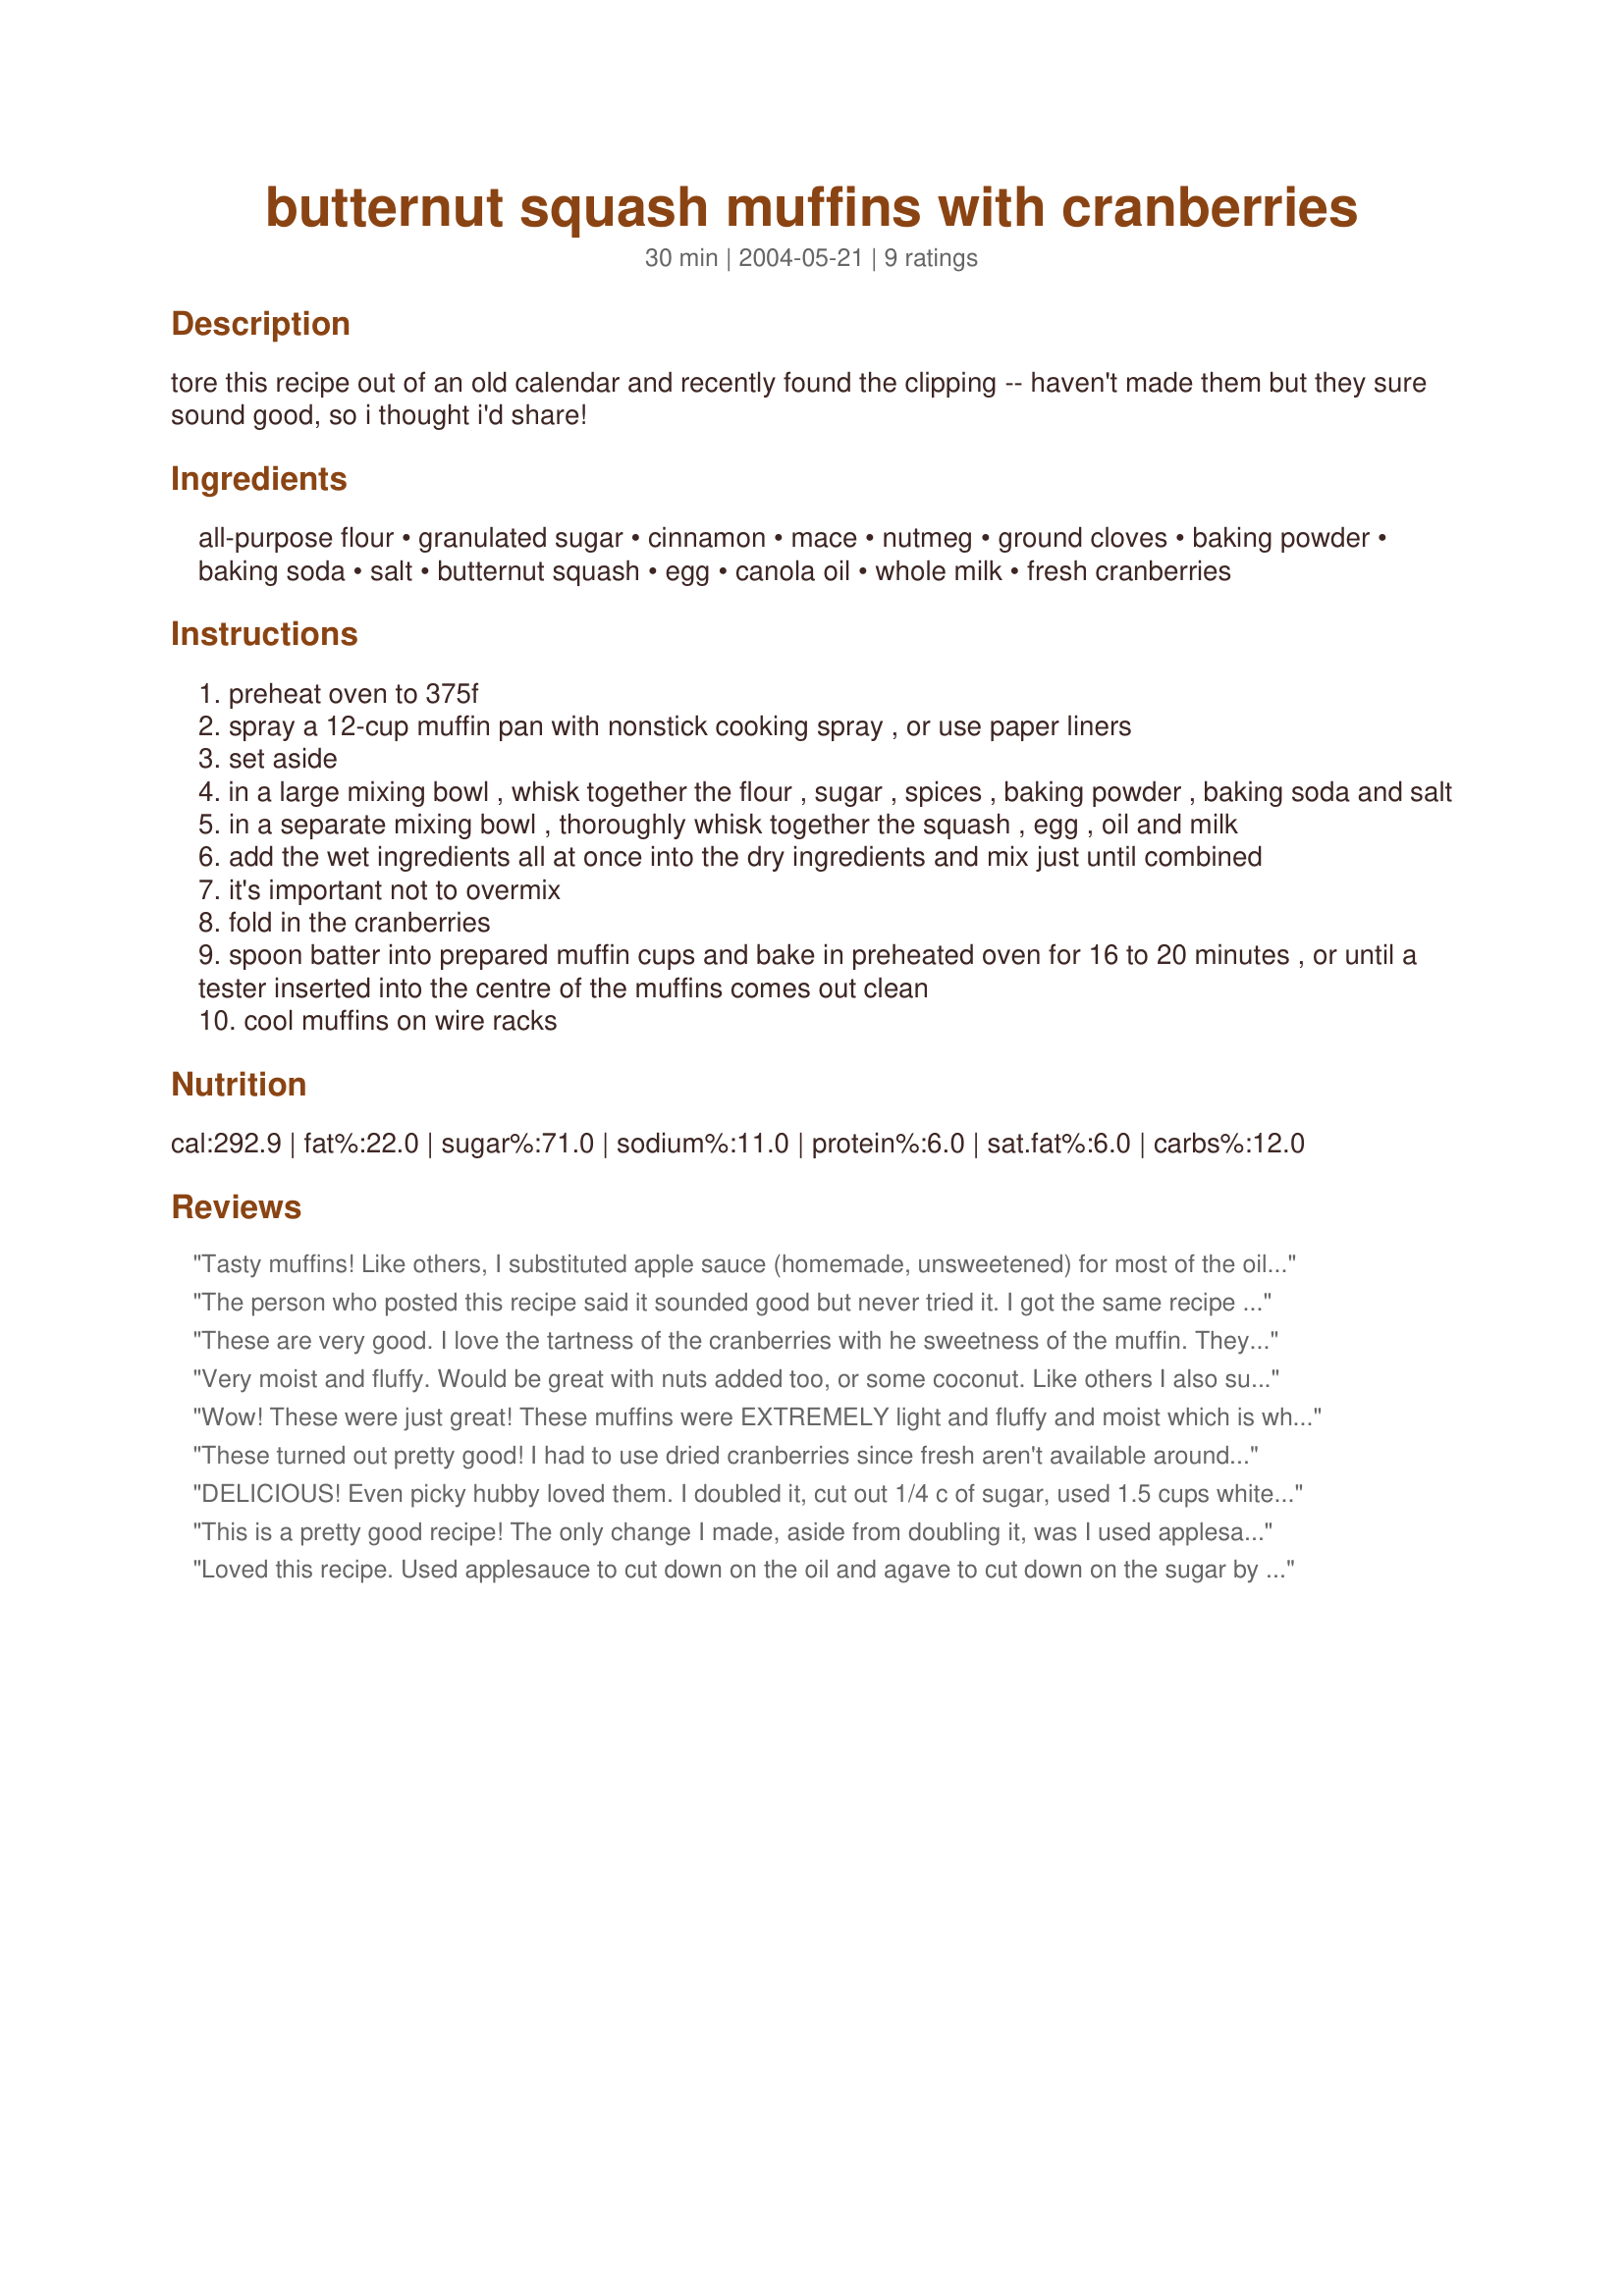
butternut squash muffins with cranberries
Preparation time: 30 minutes

tore this recipe out of an old calendar and recently found the clipping -- haven't made them but they sure sound good, so i thought i'd share!

Ingredients:
all-purpose flour, granulated sugar, cinnamon, mace, nutmeg, ground cloves, baking powder, baking soda, salt, butternut squash, egg, canola oil, whole milk, fresh cranberries

Steps:
preheat oven to 375f
spray a 12-cup muffin pan with nonstick cooking spray , or use paper liners
set aside
in a large mixing bowl , whisk together the flour , sugar , spices , baking powder , baking soda and salt
in a separate mixing bowl , thoroughly whisk together the squash , egg , oil and milk
add the wet ingredients all at once into the dry ingredients and mix just until combined
it's important not to overmix
fold in the cranberries
spoon batter into prepared muffin cups and bake in preheated oven for 16 to 20 minutes , or until a tester inserted into the centre of the muffins comes out clean
cool muffins on wire racks

Reviews:
Tasty muffins! Like others, I substituted apple sauce (homemade, unsweetened) for most of the oil, I also used left over acorn squash instead of butternut, and sub'ed whole wheat for 1 cup of the flour. In spite of all the changes, they still baked up nice and light. I really like the tartness of the cranberries, so I'll probably increase to more than a cup in the future, though that's a matter of personal taste.
The person who posted this recipe said it sounded good but never tried it. I got the same recipe from Harrowsmith magazine, made it and everyone trying the muffins gave rave reviews. A definite keeper.
These are very good. I love the tartness of the cranberries with he sweetness of the muffin. They are very light. The only change I made was to use 1 tsp of cinnamon with 1/2 tsp of pumpkin pie spice, for the spice part. Thanks for sharing!
Very moist and fluffy. Would be great with nuts added too, or some coconut. Like others I also substituted applesauce for some of the oil and used about 1/2 C. whole wheat flour in place of 1/2 C. of white flour. The recipe made 15 good sized muffins. Will definitely use this recipe again.
Wow! These were just great! These muffins were EXTREMELY light and fluffy and moist which is what is sooo good. Some changes I made: I didn't have a butternut squash so I used a different kind of squash. I also didn't have cranberries so I used the same amount of small diced apple. For healthiness I did half apple sauce from the oil and 1% milk. I got 18 muffins out of this and I made big ones too which is even better than 12!
These turned out pretty good! I had to use dried cranberries since fresh aren't available around here, so I'm sure they would be even better with fresh!
DELICIOUS! Even picky hubby loved them. I doubled it, cut out 1/4 c of sugar, used 1.5 cups white flour, and 3 cups of wheat flour. Next time, I'd like to try more cranberries and figure out how to substitute honey for the sugar, and use coconut oil - just for a healthier muffin. Doubled, this recipe made 32 muffins! Perfect for our large family!
This is a pretty good recipe! The only change I made, aside from doubling it, was I used applesauce in place of a little over half of the canola oil. The cranberries are very tart, and I suspect that many people would prefer the recipe with sweetened cranberries, but I sort of like the tartness. Thank you for sharing this recipe!
Loved this recipe. Used applesauce to cut down on the oil and agave to cut down on the sugar by using 3/4 of it and the rest of the oil and sugar recommended. I also added a little oatmeal and cut back on the flour and some sliced almonds. They baked up nice and were not too sweet. A nice healthy guilt free baked good with coffee in the morning without the sugar and guilt. Good use of the squash too.
